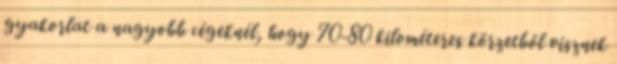
gyakorlat a nagyobb cégeknél, hogy 70-80 kilométeres körzetből visznek